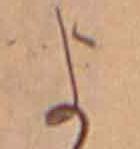
よ